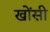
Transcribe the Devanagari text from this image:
खोंसी